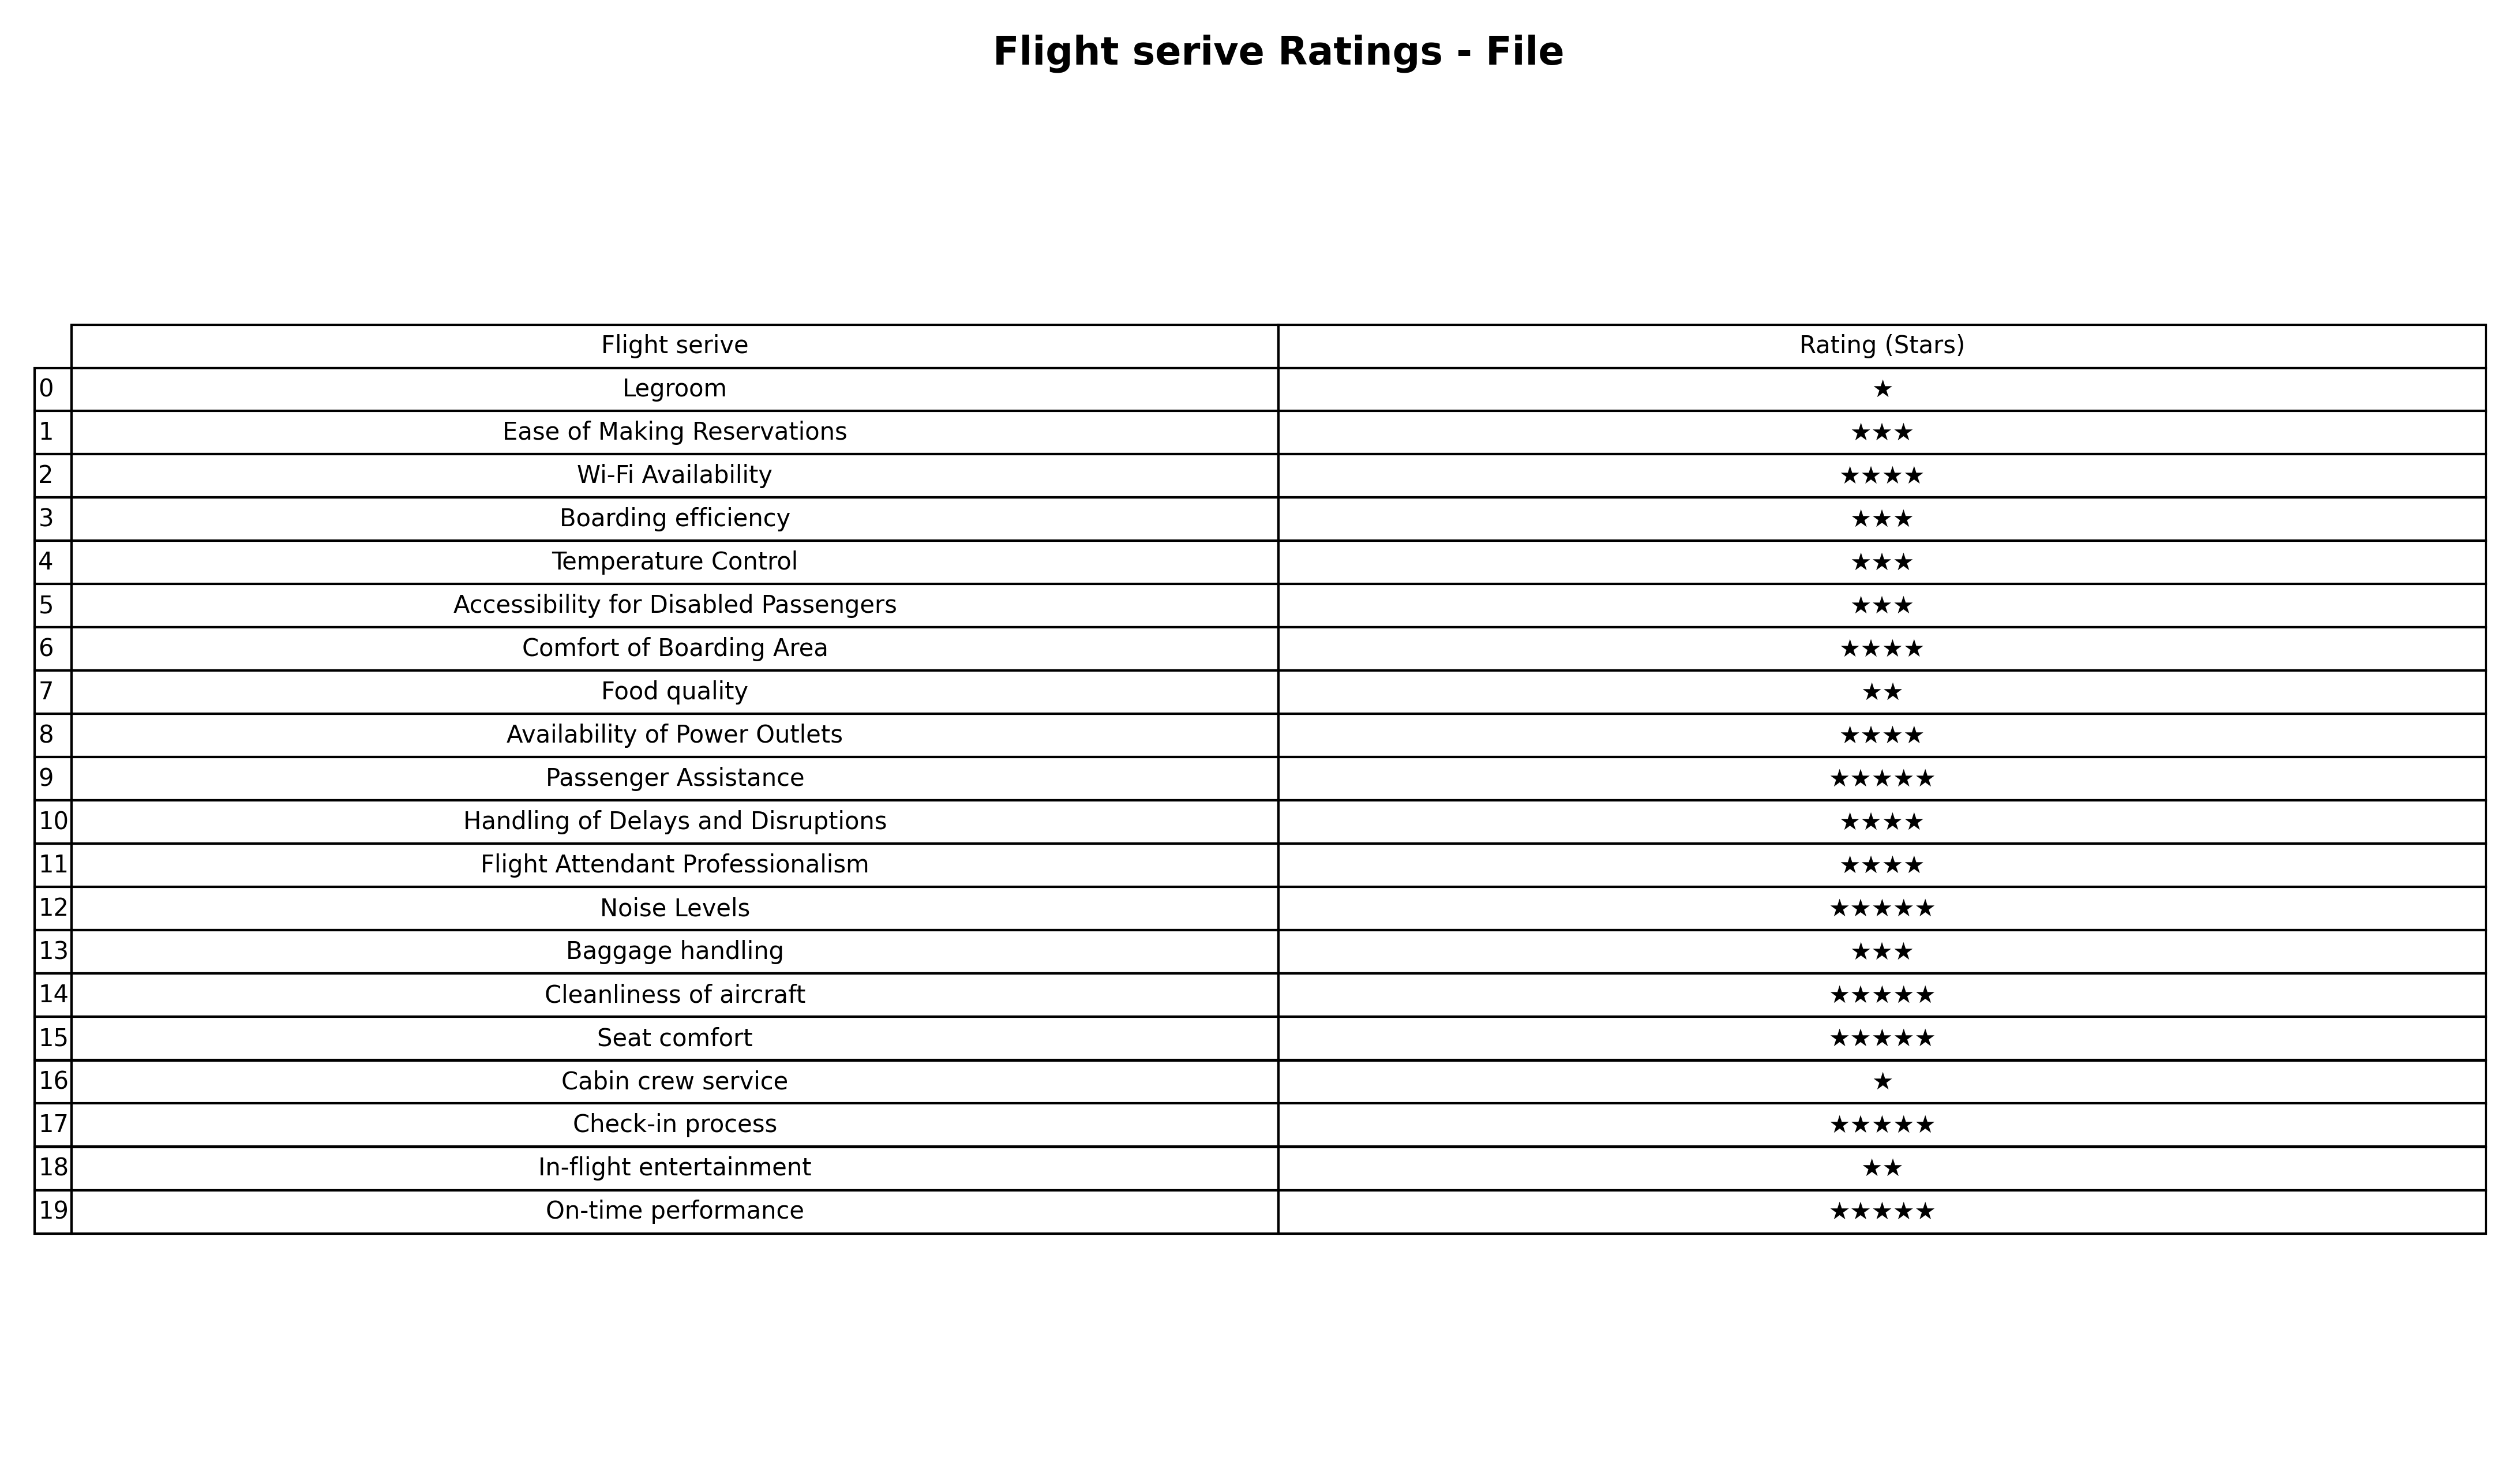
question: What are lowest rating services?
answer: LegroomCabin crew service